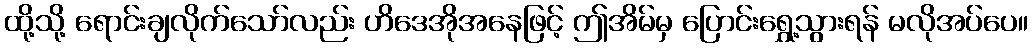
ထို့သို့ ရောင်းချလိုက်သော်လည်း ဟိဒေအိုအနေဖြင့် ဤအိမ်မှ ပြောင်းရွှေ့သွားရန် မလိုအပ်ပေ။